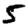
Digit: 5